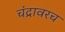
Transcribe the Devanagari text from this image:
चंद्रावरच